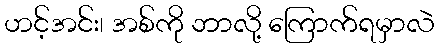
ဟင့်အင်း၊ အစ်ကို ဘာလို့ ကြောက်ရမှာလဲ